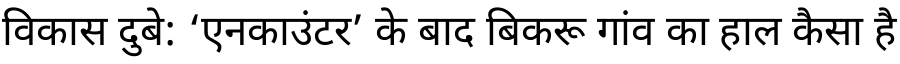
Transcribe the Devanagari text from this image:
विकास दुबे: ‘एनकाउंटर’ के बाद बिकरू गांव का हाल कैसा है